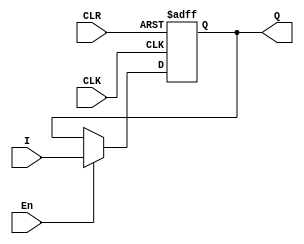
`timescale 1ns / 1ps
//////////////////////////////////////////////////////////////////////////////////
// Company: 
// Engineer: 
// 
// Design Name: 
// Module Name:    reg16 
// Project Name: 
// Target Devices: 
// Tool versions: 
// Description: 
//
// Dependencies: 
//
// Revision: 
// Revision 0.01 - File Created
// Additional Comments: 
//
//////////////////////////////////////////////////////////////////////////////////
module reg16(
		input [15:0] I,
        input En,CLK,CLR,
        output reg [15:0] Q
    );

    always @(posedge CLK or posedge CLR) begin
        if(CLR) Q <= 0;
        else if (En)begin
                Q <= I;
            end
        else Q<=Q;
    end


endmodule